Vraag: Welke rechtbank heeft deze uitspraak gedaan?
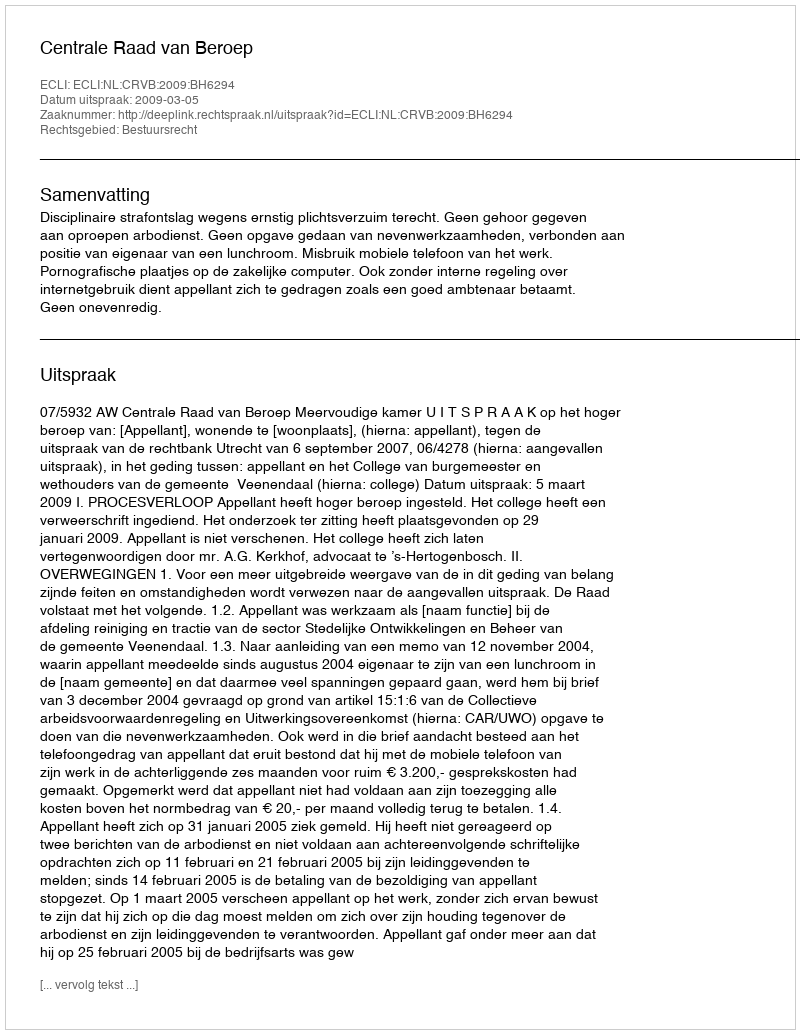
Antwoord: Centrale Raad van Beroep